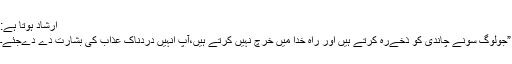
ارشاد ہوتا ہے:
”جولوگ سونے چاندى کو ذخےرہ کرتے ہيں اور راہ خدا ميں خرچ نہيں کرتے ہيں،آپ انہيں دردناک عذاب کى بشارت دے دےجئے۔